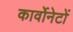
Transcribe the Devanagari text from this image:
कार्वोनेटों